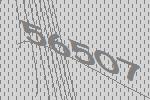
56507